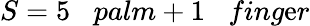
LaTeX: S=5\; \; \; palm+1\; \; \; fing\mathrm{e}r